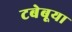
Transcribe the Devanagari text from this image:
टबेबूया